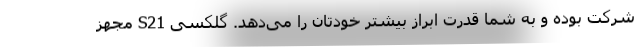
شرکت بوده و به شما قدرت ابراز بیشتر خودتان را می‌دهد. گلکسی S21 مجهز